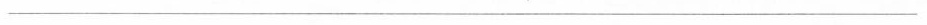
___